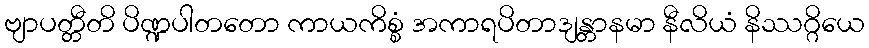
ဗျာပတ္တီတိ ပိဏ္ဍပါတတော ကာယကိစ္စံ အကာရပိတာဒျန္တာနမာ နီလိယံ နိဿဂ္ဂိယေ